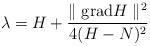
LaTeX: \begin{align*}\lambda=H + \frac{\parallel {\rm grad} H\parallel^2}{4(H-N)^2}\end{align*}